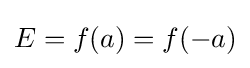
E=f(a)=f(-a)